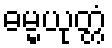
ဓမ္မယုတ္တံ